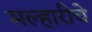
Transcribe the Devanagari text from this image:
मल्हारीचे